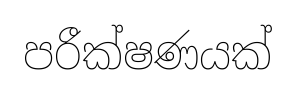
පරීක්ෂණයක්